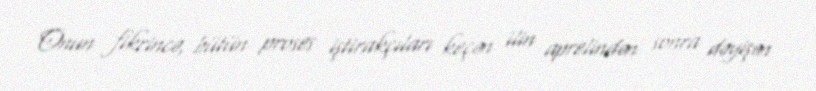
Onun fikrincə, bütün proses iştirakçıları keçən ilin aprelindən sonra dəyişən